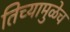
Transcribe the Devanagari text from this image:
तिच्यामुळेच